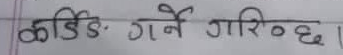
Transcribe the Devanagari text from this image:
कोडिङ गर्ने गरिन्छ ।